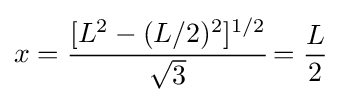
x={\cfrac {[L^{2}-(L/2)^{2}]^{1/2}}{\sqrt {3}}}={\frac {L}{2}}